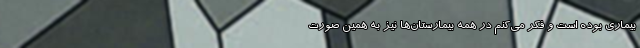
بیماری بوده است و فکر می‌کنم در همه بیمارستان‌ها نیز به همین صورت